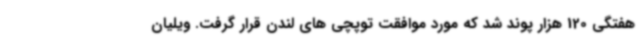
هفتگی 120 هزار پوند شد که مورد موافقت توپچی های لندن قرار گرفت. ویلیان